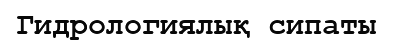
Гидрологиялық сипаты